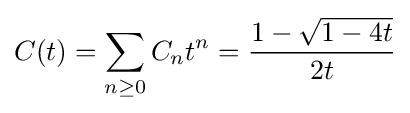
C(t)=\sum _{n\geq 0}C_{n}t^{n}={{1-{\sqrt {1-4t}}} \over {2t}}